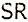
SR